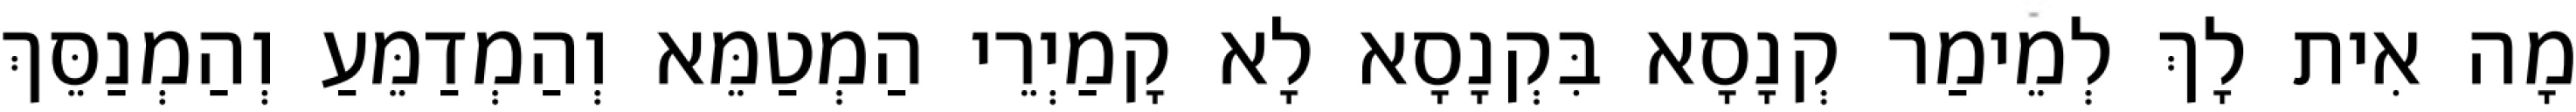
מָה אִית לָךְ לְמֵימַר קְנָסָא בִּקְנָסָא לָא קָמַיְרֵי הַמְטַמֵּא וְהַמְדַמֵּעַ וְהַמְנַסֵּךְ